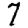
Digit: 7